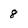
Character: 8